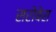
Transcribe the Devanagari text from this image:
सरोबेस